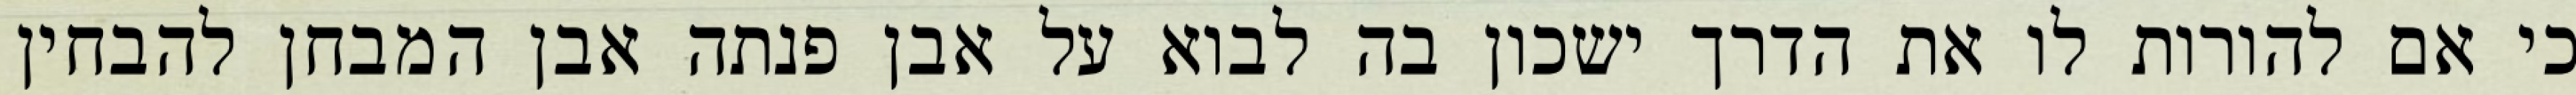
כי אם להורות לו את הדרך ישכון בה לבוא על אבן פנתה אבן המבחן להבחין